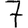
Digit: 7